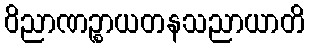
ဝိညာဏဉ္စာယတနသညာယာတိ